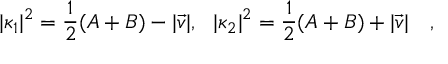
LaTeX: | \kappa _ { 1 } | ^ { 2 } = { \frac { 1 } { 2 } } ( A + B ) - | \vec { v } | , ~ ~ | \kappa _ { 2 } | ^ { 2 } = { \frac { 1 } { 2 } } ( A + B ) + | \vec { v } | ~ ~ ~ ,